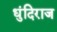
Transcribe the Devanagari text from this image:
धुंदिराज